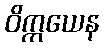
ဝိက္ကယေန